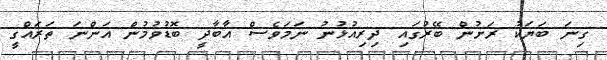
ގިނަ ބަޔަކު ރަށުން ބޭރުގައި ދިރިއުޅުނު ނަމަވެސް އާބާދީ ބޮޑުވުމުން އަންނަ ތަރައްގީ